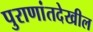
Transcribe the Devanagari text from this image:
पुराणांतदेखील